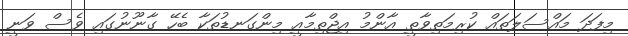
މިފަދަ މައްސަލަތައް ކުރިމަތިވާތީ އާންމު އިޖްތިމާއީ މިންގަނޑުތަކާ ބެހޭ ގާނޫނުގައި ވެސް ވަނީ